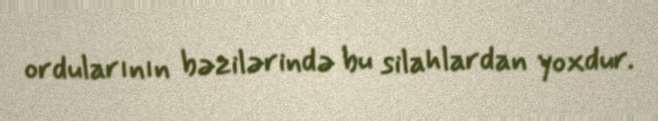
ordularının bəzilərində bu silahlardan yoxdur.